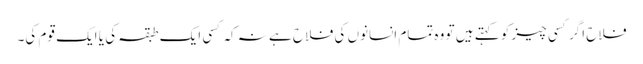
فلاح اگر کسی چیز کو کہتے ہیں تو وہ تمام انسانوں کی فلاح ہے نہ کہ کسی ایک طبقہ کی یا ایک قوم کی۔